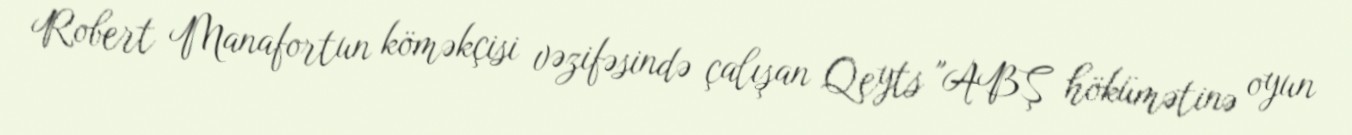
Robert Manafortun köməkçisi vəzifəsində çalışan Qeyts "ABŞ hökümətinə oyun